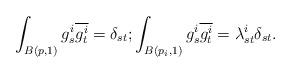
LaTeX: \begin{align*}\int_{B(p, 1)}g^i_s\overline{g^i_t} = \delta_{st}; \int_{B(p_i, 1)}g^i_s\overline{g^i_t}=\lambda^i_{st}\delta_{st}.\end{align*}